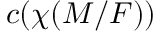
c ( \chi ( M / F ) )